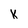
Character: k